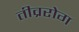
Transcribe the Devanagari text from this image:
तीव्ररोग